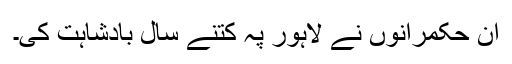
ان حکمرانوں نے لاہور پہ کتنے سال بادشاہت کی۔